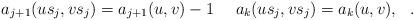
LaTeX: \begin{align*} a_{j+1}(us_j,vs_j)=a_{j+1}(u,v)-1 \ \ \ \ a_k(us_j,vs_j)=a_k(u,v),\ \ .\end{align*}